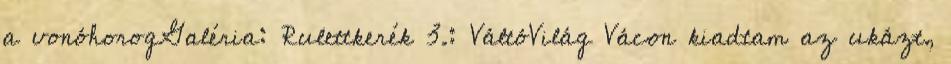
a vonóhorogGaléria: Rulettkerék 3.: VáltóVilág Vácon kiadtam az ukázt,